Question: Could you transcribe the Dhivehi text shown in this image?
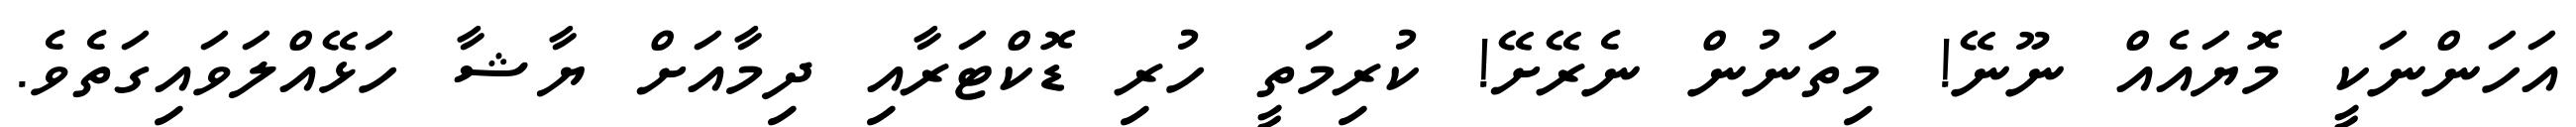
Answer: އަހަންނަކީ މޮޔައެއް ނޫނޭ! މިތަނުން ނެރޭށޭ! ކުރިމަތީ ހުރި ޑޮކްޓަރާއި ދިމާއަށް ޔާޝާ ހަޅޭއްލަވައިގަތެވެ.